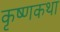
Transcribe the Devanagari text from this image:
कृष्णकथा